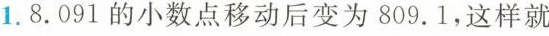
1. 8.091的小数点移动后变为809.1，这样